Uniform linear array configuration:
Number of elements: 48
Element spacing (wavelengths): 0.75
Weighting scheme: kaiser
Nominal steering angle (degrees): -30
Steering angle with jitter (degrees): -30.864
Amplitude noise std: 0.05
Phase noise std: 0.05

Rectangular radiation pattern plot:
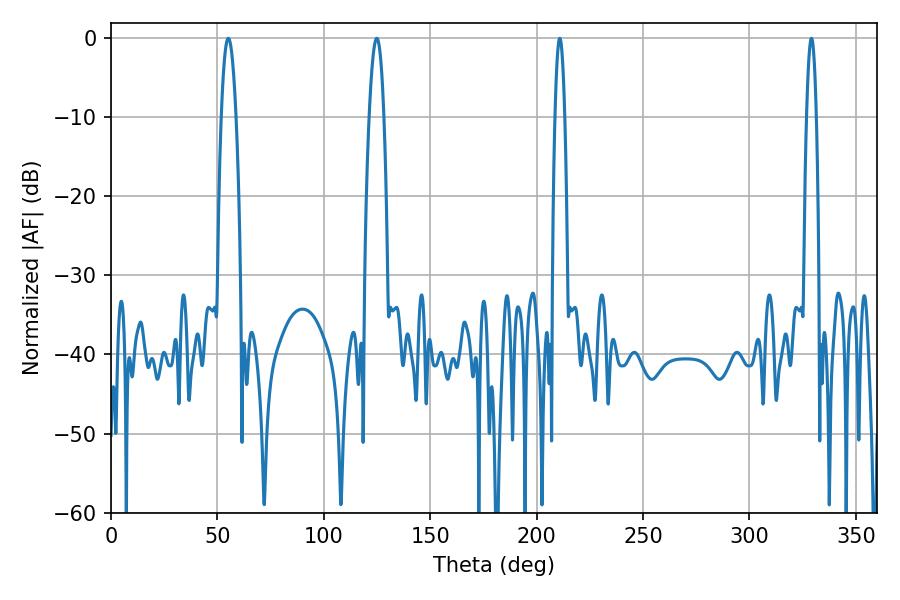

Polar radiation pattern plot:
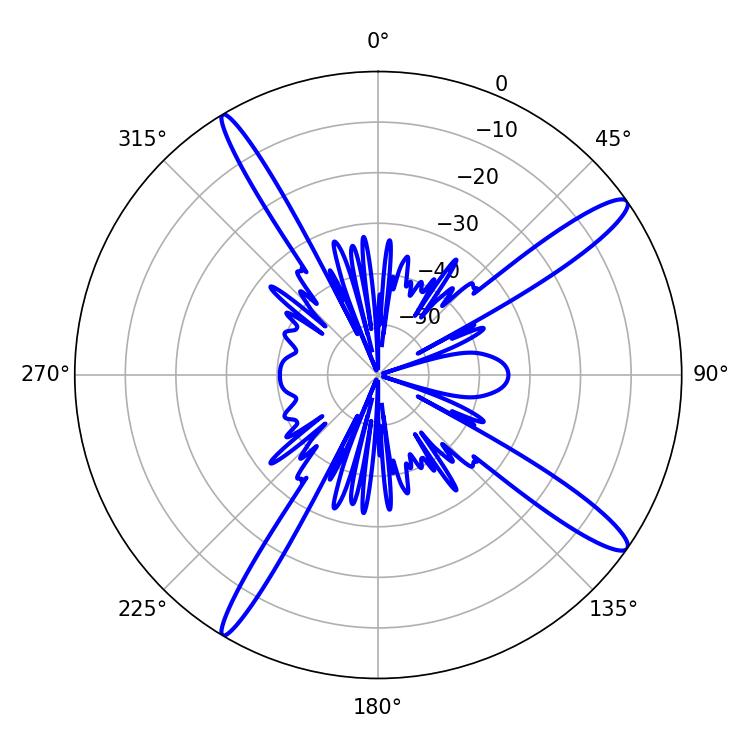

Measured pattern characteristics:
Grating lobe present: TRUE
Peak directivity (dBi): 14.596
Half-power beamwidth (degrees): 3.78
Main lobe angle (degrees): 55.08